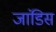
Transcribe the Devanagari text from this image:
जांडिस